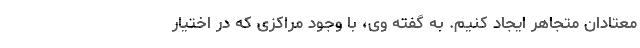
معتادان متجاهر ایجاد کنیم. به‌ گفته وی، با وجود مراکزی که در اختیار